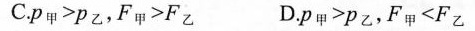
C.$$P_{甲} > P_{乙}$$,$$F_{甲} > F_{乙}$$ D.$$P_{甲} > P_{乙}$$,$$F_{甲} < F_{乙}$$